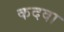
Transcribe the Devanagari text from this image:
कदवा